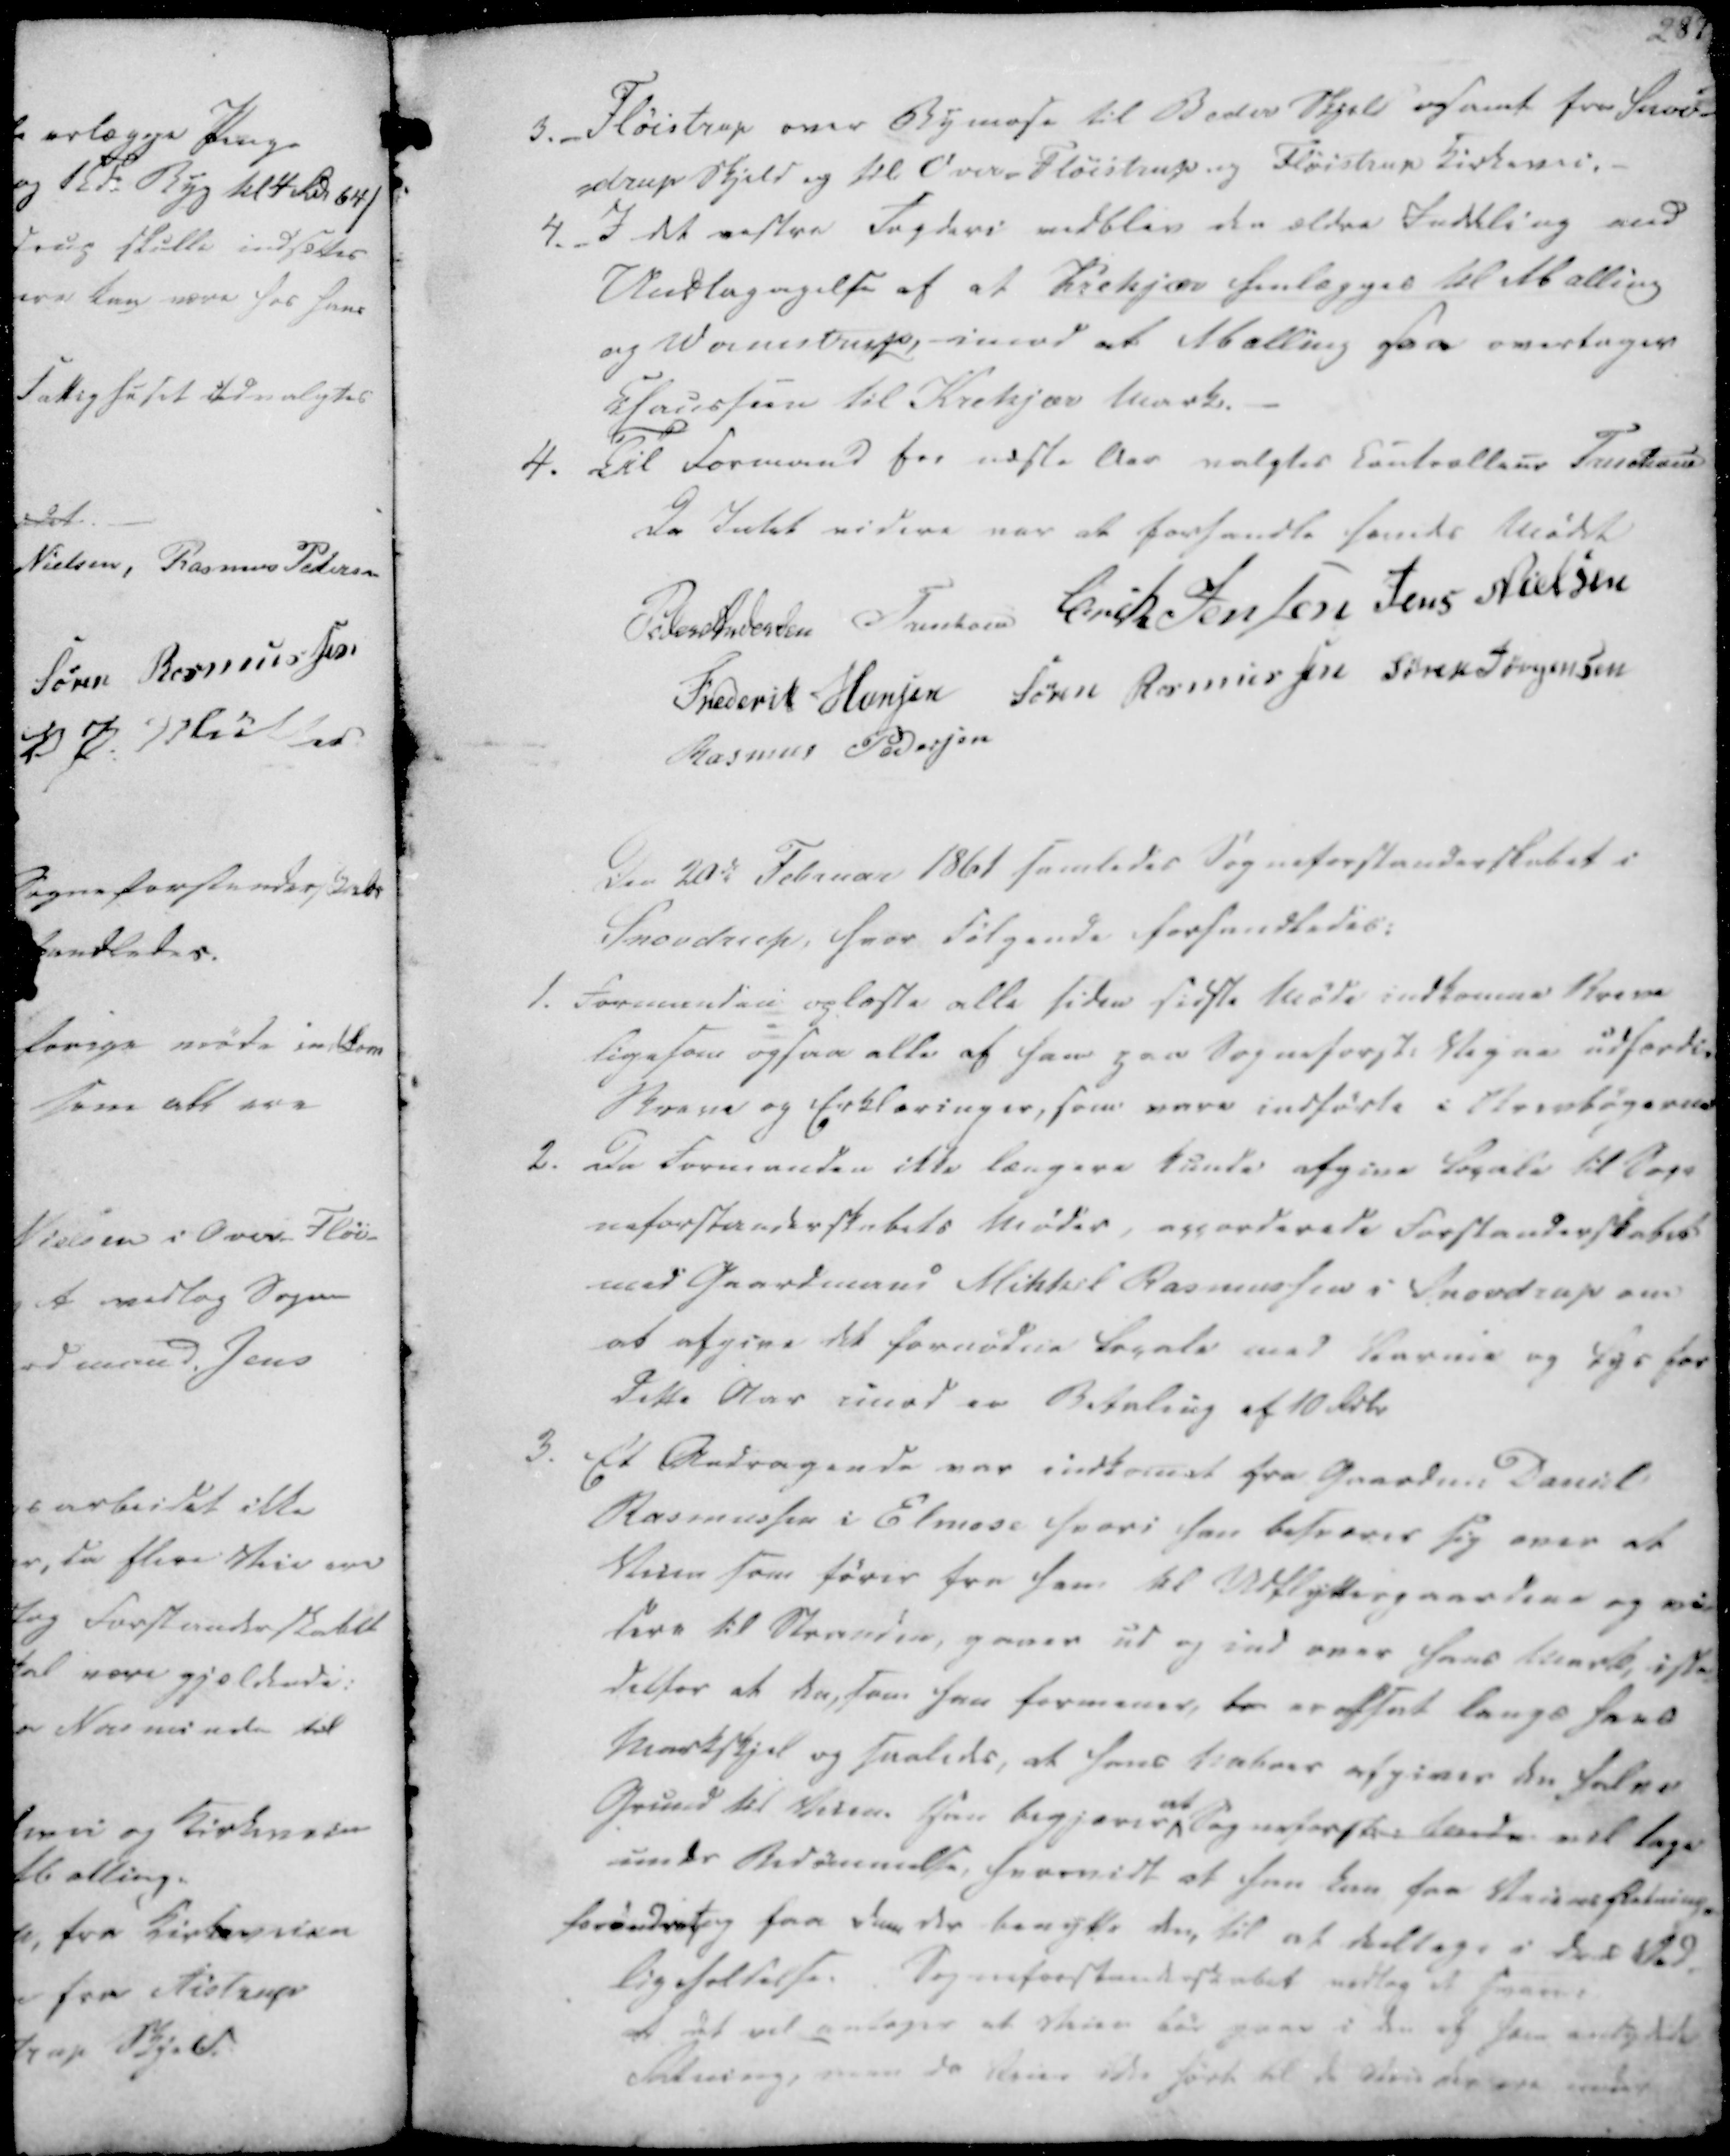
Transskription:
3._ Fløistrup over Bymose til Beder Skjeld ogsamt fra Snov-
-drup Skjeld og til Over-Fløistrup og Fløistrup Kirkevei.
4._ I det vestre Fogderi vedblev den ældre Inddeling med
Undtagagelse af at Krekjær henlægges til Malling
og Wormstrup, imod at Malling saa overtager
Chausséen til Krekjær Mark.

4. Til Formand for næste Aar valgtes Controlleur Treschou

Da Intet videre var at forhandle hævedes Mødet
Peder Andersen
Treschov
Erik Jensen
Jens Nielsen
Frederik Hansen
Søren Rasmussen
Søren Jørgensen
Rasmus Pedersen

Den 20de Februar 1861 samledes Sogneforstanderskabet i
Snovdrup, hvor følgende forhandledes:

1. Formanden oplæste alle siden sidste Møde indkomne Breve
ligesom ogsaa alle af ham paa Sogneforst. Vegne udfærdi
Breve og Erklæringer, som vare indførte i Brevbøgerne
2. Da Formanden ikke længere kunde afgive Locale til Sog-
neforstanderskabets Møder, accorderede Forstanderskabet
med Gaardmand Mikkel Rasmussen i Snovdrup om
at afgive det fornødne Loccale med Varme og Lys for
Dette Aar imod en Betaling af 10 Rdlr

3. Et Andragende var indkomet fra Gaardm. Danieel
Rasmussen i Elmose hvori han besvarer sig over at
Veien som fører fra ham til Udflyttergaardene og vi-
dere til Stranden, gaaer ud og ind over hans Mark, iste
detfor at den, som han formener, da er afsat langs hans
Markskjeld og saaledes, at hans Naboer afgiver den halve
Grund til Veien. Han begjærer at Sogneforsk. tende vil tage
under Bedømmelse, hvorvidt at han kan faa Veiens Retning
forandret og faa den der benytte den, til at deeltage i dens Ved-
ligeholdelse. Sogneforstanderskabet vedtog at svare
at det vil antages at Veien bør gaae i den af ham antydede
Retning, men da Veien ikke hørte til de Veie der ere under